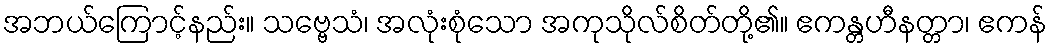
အဘယ်ကြောင့်နည်း။ သဗ္ဗေသံ၊ အလုံးစုံသော အကုသိုလ်စိတ်တို့၏။ ဧကန္တဟီနတ္တာ၊ ဧကန်